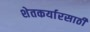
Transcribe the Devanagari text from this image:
शेतकर्यारसाठी